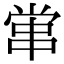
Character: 𡮕